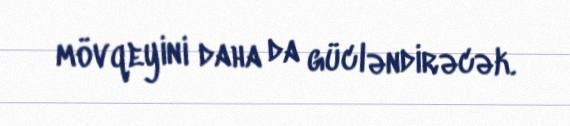
mövqeyini daha da gücləndirəcək.